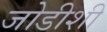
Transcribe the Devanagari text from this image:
जोडीशी